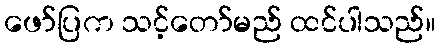
ဖော်ပြက သင့်တော်မည် ထင်ပါသည်။